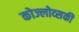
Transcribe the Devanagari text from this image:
कोज्लोव्सकी